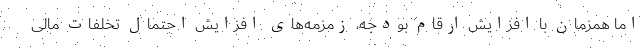
اما همزمان با افزایش ارقام بودجه، زمزمه‌های افزایش احتمال تخلفات مالی